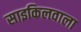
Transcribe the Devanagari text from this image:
साइकिलवाला